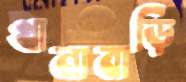
খানাবাড়ি